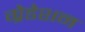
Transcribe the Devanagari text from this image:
ग्रेडेशन